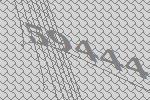
59444